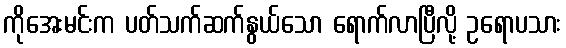
ကိုအေးမင်းက ပတ်သက်ဆက်နွယ်သော ရောက်လာပြီလို့ ဥရောပသား